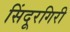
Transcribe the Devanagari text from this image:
सिंदूरगिरी